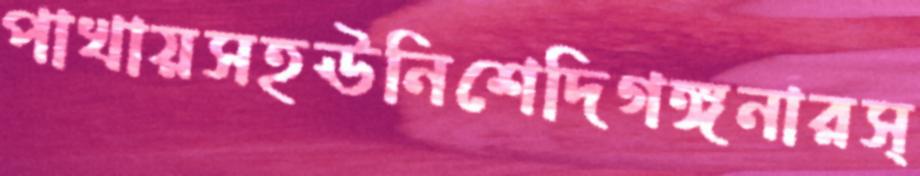
পাখায়সহঊনিশেদিগঙ্গনারস্